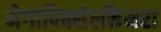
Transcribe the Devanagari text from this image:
मेगापिक्सेलकैमरा